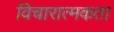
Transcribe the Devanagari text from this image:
विचारात्मकता